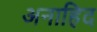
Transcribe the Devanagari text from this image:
अनाहिद